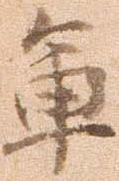
軍